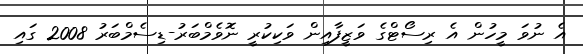
އެ ނުވަ މީހުން އެ ރިސޯޓްގެ ވަޒީފާއިން ވަކިކުރީ ނޮވެމްބަރު-ޑިސެމްބަރު 2008 ގައި